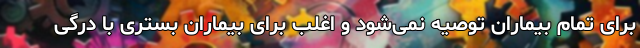
برای تمام بیماران توصیه نمی‌شود و اغلب برای بیماران بستری با درگی